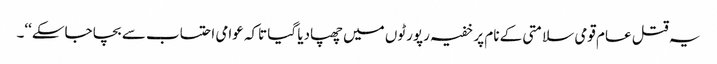
یہ قتل عام قومی سلامتی کے نام پر خفیہ رپورٹوں میں چھپادیا گیا تاکہ عوامی احتساب سے بچا جاسکے‘‘۔